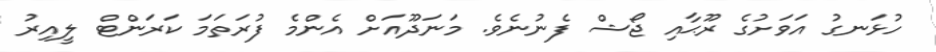
ހުޅަނގު އަވަށުގެ ރޫޙާއި ޖޯޝް ފެނުނެވެ. މަނަދޫއަށް އެންމެ ފުރަތަމަ ކަރަންޓް ލީއިރު